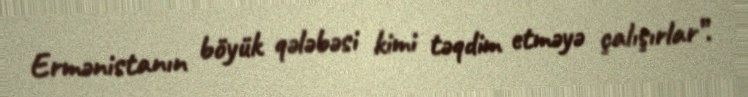
Ermənistanın böyük qələbəsi kimi təqdim etməyə çalışırlar”.